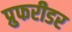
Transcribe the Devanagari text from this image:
प्रुफरीडर